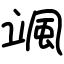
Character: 颯